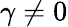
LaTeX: \gamma\neq 0